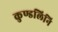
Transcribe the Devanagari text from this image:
कुण्डलिनि